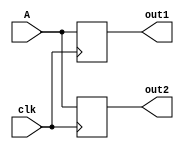
module Lab11Part1(
	input clk,
	input [7:0] A,
	output reg [7:0] out1,
	output reg [7:0] out2
);

	//Non-blocking approach
	always@(posedge clk)
	begin
	
		out1 = A;
		out2 = out1;
		
	end
	
endmodule